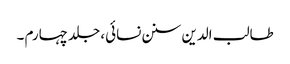
طالب الدین سنن نسائی، جلد چہارم ۔